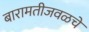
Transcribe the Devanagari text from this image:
बारामतीजवळचे